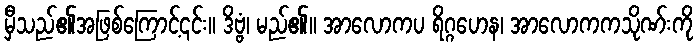
မှီသည်၏အဖြစ်ကြောင့်၎င်း။ ဒိဗ္ဗံ၊ မည်၏။ အာလောကပ ရိဂ္ဂဟေန၊ အာလောကကသိုဏ်းကို